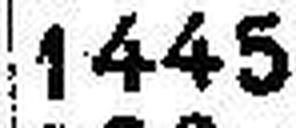
1445